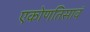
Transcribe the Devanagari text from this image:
एकोणतिसावं